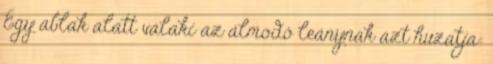
Egy ablak alatt valaki az álmodó leánynak azt huzatja: